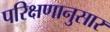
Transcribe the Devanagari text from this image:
परिक्षणानुसार